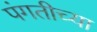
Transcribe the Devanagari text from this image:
पंगतीच्या